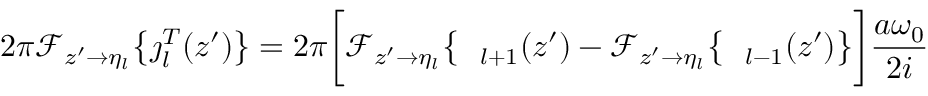
2 \pi \mathcal { F } _ { z ^ { \prime } \rightarrow \eta _ { l } } \big \{ \boldsymbol { \jmath } _ { l } ^ { T } ( z ^ { \prime } ) \big \} = 2 \pi \bigg [ \mathcal { F } _ { z ^ { \prime } \rightarrow \eta _ { l } } \big \{ \textit { \xi } _ { l + 1 } ( z ^ { \prime } ) - \mathcal { F } _ { z ^ { \prime } \rightarrow \eta _ { l } } \big \{ \textit { \xi } _ { l - 1 } ( z ^ { \prime } ) \big \} \bigg ] \frac { a \omega _ { 0 } } { 2 i }